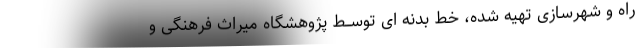
راه و شهرسازی تهیه شده، خط بدنه ای توســط پژوهشگاه میراث فرهنگی و